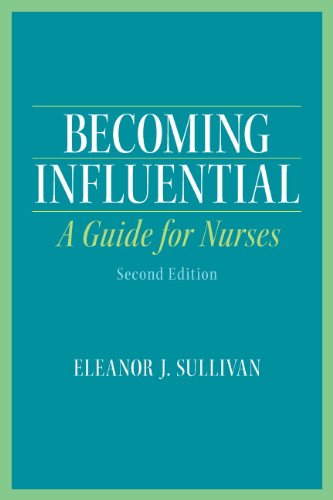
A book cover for Becoming Influential: A Guide for Nurses (2nd Edition); Eleanor J. Sullivan; Medical Books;